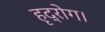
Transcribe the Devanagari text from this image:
हृद्रोग।